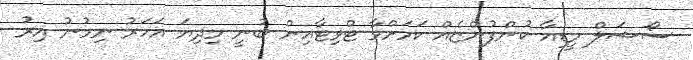
ސޯޝަލް މީޑިއާ ކުންފުންޏެއް ކަމަށްވާ ޓްވިޓާއިން ބުނީ މިދިޔަ އަހަރު ނިމުނު އިރު